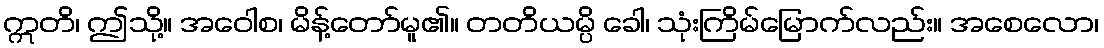
ဣတိ၊ ဤသို့။ အဝေါစ၊ မိန့်တော်မူ၏။ တတိယမ္ပိ ခေါ၊ သုံးကြိမ်မြောက်လည်း။ အစေလော၊